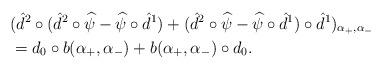
LaTeX: \begin{align*}\aligned&(\hat d^2 \circ (\hat d^2\circ \widehat\psi - \widehat\psi\circ \hat d^1)+(\hat d^2\circ \widehat\psi - \widehat\psi\circ \hat d^1) \circ \hat d^1)_{\alpha_+,\alpha_-}\\&= d_0 \circ b(\alpha_+,\alpha_-) + b(\alpha_+,\alpha_-)\circ d_0.\endaligned\end{align*}